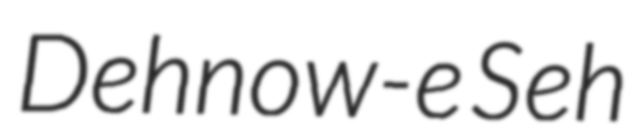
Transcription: Dehnow-e Seh